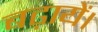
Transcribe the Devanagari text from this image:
बढ़ायें।